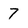
Character: 7